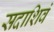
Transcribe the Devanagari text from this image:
सदाशिवं